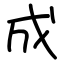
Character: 成